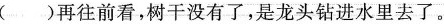
()再往前看，树干没有了，是龙头钻进水里去了。